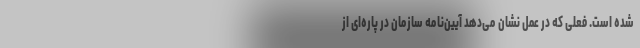
شده است. فعلی که در عمل نشان می‌دهد آیین‌نامه سازمان در پاره‌ای از